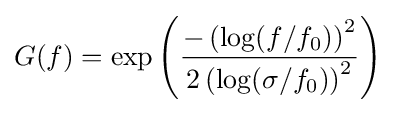
G(f)=\exp \left({\frac {-\left(\log(f/f_{0})\right)^{2}}{2\left(\log(\sigma /f_{0})\right)^{2}}}\right)